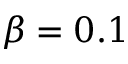
\beta = 0 . 1